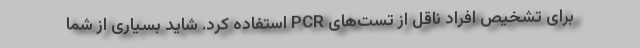
برای تشخیص افراد ناقل از تست‌های PCR استفاده کرد. شاید بسیاری از شما